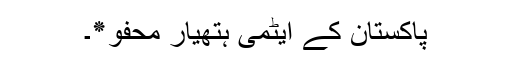
پاکستان کے ایٹمی ہتھیار محفو٭۔